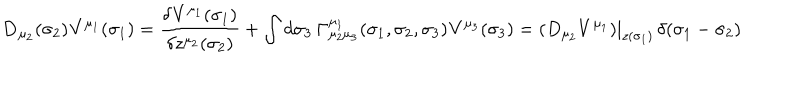
LaTeX: { \bf D } _ { \mu _ { 2 } } ( \sigma _ { 2 } ) { \bf V } ^ { \mu _ { 1 } } ( \sigma _ { 1 } ) = { \frac { \delta { \bf V } ^ { \mu _ { 1 } } ( \sigma _ { 1 } ) } { \delta z ^ { \mu _ { 2 } } ( \sigma _ { 2 } ) } } + \int d \sigma _ { 3 } \, { \bf \Gamma } _ { \mu _ { 2 } \mu _ { 3 } } ^ { \mu _ { 1 } } ( \sigma _ { 1 } , \sigma _ { 2 } , \sigma _ { 3 } ) { \bf V } ^ { \mu _ { 3 } } ( \sigma _ { 3 } ) = ( D _ { \mu _ { 2 } } V ^ { \mu _ { 1 } } ) | _ { z ( \sigma _ { 1 } ) } \, \delta ( \sigma _ { 1 } - \sigma _ { 2 } )